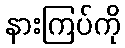
နားကြပ်ကို